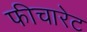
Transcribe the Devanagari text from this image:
फीचारेट